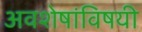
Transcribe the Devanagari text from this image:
अवशेषांविषयी